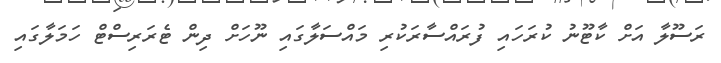
ރަސޫލާ އަށް ކާޓޫނު ކުރަހައި ފުރައްސާރަކުރި މައްސަލާގައި ނޫހަށް ދިން ޓެރަރިސްޓް ހަމަލާގައި